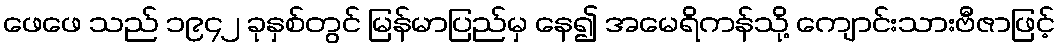
ဖေဖေ သည် ၁၉၄၂ ခုနှစ်တွင် မြန်မာပြည်မှ နေ၍ အမေရိကန်သို့ ကျောင်းသားဗီဇာဖြင့်